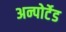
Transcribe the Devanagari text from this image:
अन्पोर्टेड